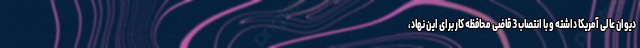
دیوان عالی آمریکا داشته و با انتصاب 3 قاضی محافظه کار برای این نهاد،